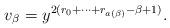
LaTeX: \begin{align*}v_\beta = y^{2(r_0+\cdots + r_{a(\beta)}-\beta+1)}.\end{align*}